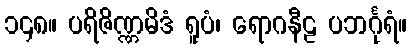
၁၄၈။ ပရိဇိဏ္ဏမိဒံ ရူပံ၊ ရောဂနီဠ ပဘင်္ဂုရံ။